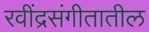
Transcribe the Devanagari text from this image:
रवींद्रसंगीतातील